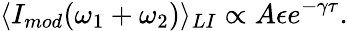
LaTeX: \langle I_{mod}(\omega_{1}+\omega_{2})\rangle_{LI}\propto A\epsilon e^{-\gamma\tau}.